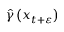
\widehat { \gamma } \left( x _ { t + \varepsilon } \right)